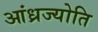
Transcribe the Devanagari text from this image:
आंध्रज्योति